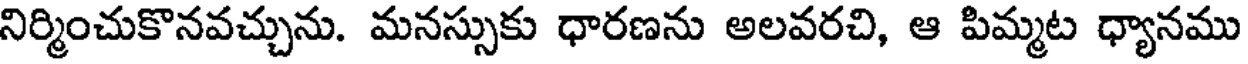
నిర్మించుకొనవచ్చును. మనస్సుకు ధారణను అలవరచి, ఆ పిమ్మట ధ్యానము